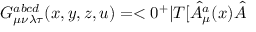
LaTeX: G _ { \mu \nu \lambda \tau } ^ { a b c d } ( x , y , z , u ) = < 0 ^ { + } | T [ \hat { A } _ { \mu } ^ { a } ( x ) \hat { A }